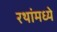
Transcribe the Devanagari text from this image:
रथांमध्ये